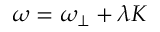
\omega = \omega _ { \perp } + \lambda K